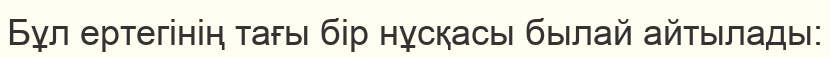
Бұл ертегінің тағы бір нұсқасы былай айтылады: